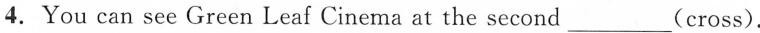
4.You can see Green Leaf Cinema at the second___(eross).